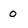
Character: 0